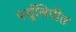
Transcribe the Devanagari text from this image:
पर्शुलिपीत